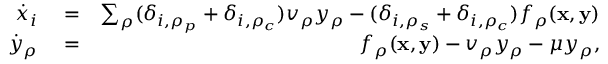
\begin{array} { r l r } { \dot { x } _ { i } } & { { } = } & { \sum _ { \rho } ( \delta _ { i , \rho _ { p } } + \delta _ { i , \rho _ { c } } ) v _ { \rho } y _ { \rho } - ( \delta _ { i , \rho _ { s } } + \delta _ { i , \rho _ { c } } ) f _ { \rho } ( { \bf x } , { \bf y } ) } \\ { \dot { y } _ { \rho } } & { { } = } & { f _ { \rho } ( { \bf x } , { \bf y } ) - v _ { \rho } y _ { \rho } - \mu y _ { \rho } , } \end{array}